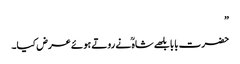
”
حضرت بابا بلھے شاہ ؒ نے روتے ہوئے عرض کیا۔